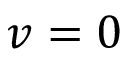
v = 0